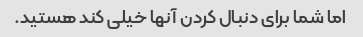
اما شما برای دنبال کردن آنها خیلی کند هستید.